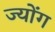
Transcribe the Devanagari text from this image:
ज्योंग